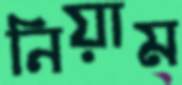
নিয়াম